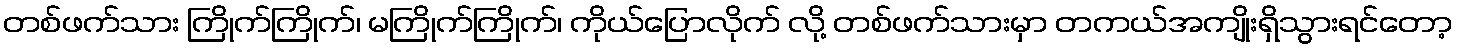
တစ်ဖက်သား ကြိုက်ကြိုက်၊ မကြိုက်ကြိုက်၊ ကိုယ်ပြောလိုက် လို့ တစ်ဖက်သားမှာ တကယ်အကျိုးရှိသွားရင်တော့